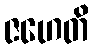
ဇဟေတိ